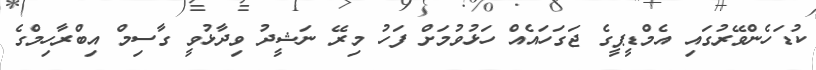
ކުޑަހެންވޭރުގައި އެމްޑީޕީގެ ޖަގަހައެއް ހަޅުވުމަށް ފަހު މިރޭ ނަޝީދު ވިދާޅުވީ ގާސިމް އިބްރާހިމްގެ